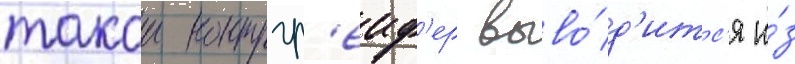
такои контргр'еиф'ер выво́д'итс'я и́з